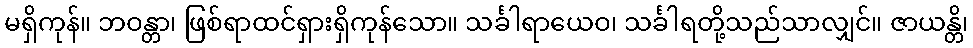
မရှိကုန်။ ဘဝန္တာ၊ ဖြစ်ရာထင်ရှားရှိကုန်သော။ သင်္ခါရာယေဝ၊ သင်္ခါရတို့သည်သာလျှင်။ ဇာယန္တိ၊